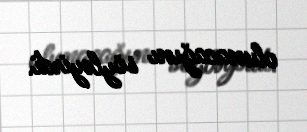
olunacağını söyləyirdi.